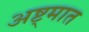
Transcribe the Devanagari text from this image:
अष्ट्मात